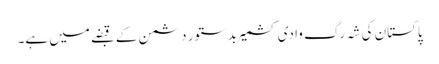
پاکستان کی شہ رگ وادی کشمیر بدستور دشمن کے قبضے میں ہے۔